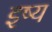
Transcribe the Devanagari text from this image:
इष्य